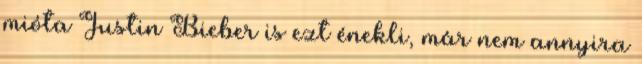
mióta Justin Bieber is ezt énekli, már nem annyira